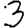
Digit: 3